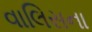
વાલિસના